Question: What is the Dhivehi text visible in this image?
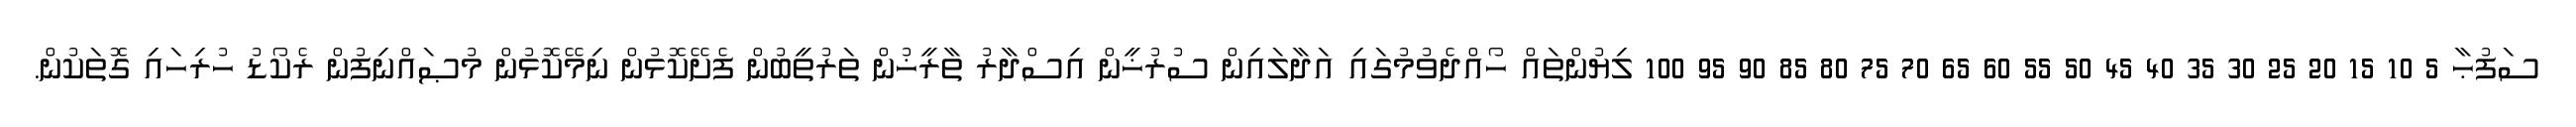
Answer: ސަފުޙާ 5 10 15 20 25 30 35 40 45 50 55 60 65 70 75 80 85 90 95 100 ލިޔުންތައް ހޯއްދެވުމުގައި އަދާލައިން ސުރުޚީން އިސްދާރު ތާރީޚުން ތަރުތީބުން ފެށޭކޮޅުން ނިމޭކޮޅުން މުޞައްނިފުން ރެކޯޑު ހުރިހައި ގޮތަކުން.